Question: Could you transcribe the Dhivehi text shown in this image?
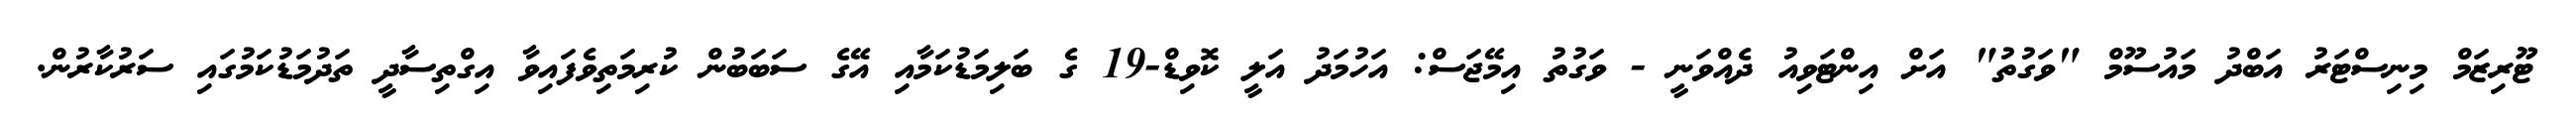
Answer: ޓޫރިޒަމް މިނިސްޓަރު އަބްދު މައުސޫމް "ވަގުތު" އަށް އިންޓަވިއު ދެއްވަނީ - ވަގުތު އިމޭޖަސް: އަހުމަދު އަލީ ކޮވިޑް-19 ގެ ބަލިމަޑުކަމާއި އޭގެ ސަބަބުން ކުރިމަތިވެފައިވާ އިގްތިސާދީ ތަދުމަޑުކަމުގައި ސަރުކާރުން.